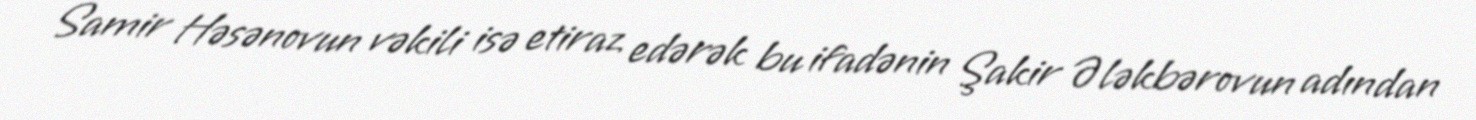
Samir Həsənovun vəkili isə etiraz edərək bu ifadənin Şakir Ələkbərovun adından